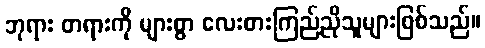
ဘုရား တရားကို များစွာ လေးစားကြည်ညိုသူများဖြစ်သည်။